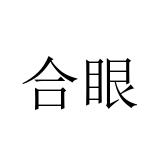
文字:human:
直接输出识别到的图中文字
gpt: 合眼